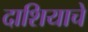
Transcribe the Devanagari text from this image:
दाशियाचे